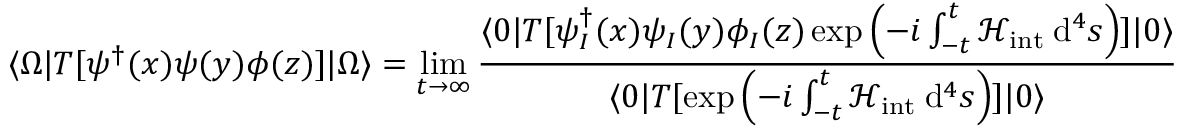
\langle \Omega | T [ \psi ^ { \dagger } ( x ) \psi ( y ) \phi ( z ) ] | \Omega \rangle = \operatorname* { l i m } _ { t \to \infty } \frac { \langle 0 | T [ \psi _ { I } ^ { \dagger } ( x ) \psi _ { I } ( y ) \phi _ { I } ( z ) \exp \left( - i \int _ { - t } ^ { t } \mathcal { H } _ { \mathrm { i n t } } \: \mathrm { d } ^ { 4 } s \right) ] | 0 \rangle } { \langle 0 | T [ \exp \left( - i \int _ { - t } ^ { t } \mathcal { H } _ { \mathrm { i n t } } \: \mathrm { d } ^ { 4 } s \right) ] | 0 \rangle }